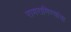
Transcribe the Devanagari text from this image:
रागरागिण्यांचा